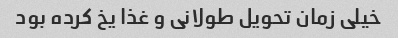
خیلی زمان تحویل طولانی و غذا یخ کرده بود